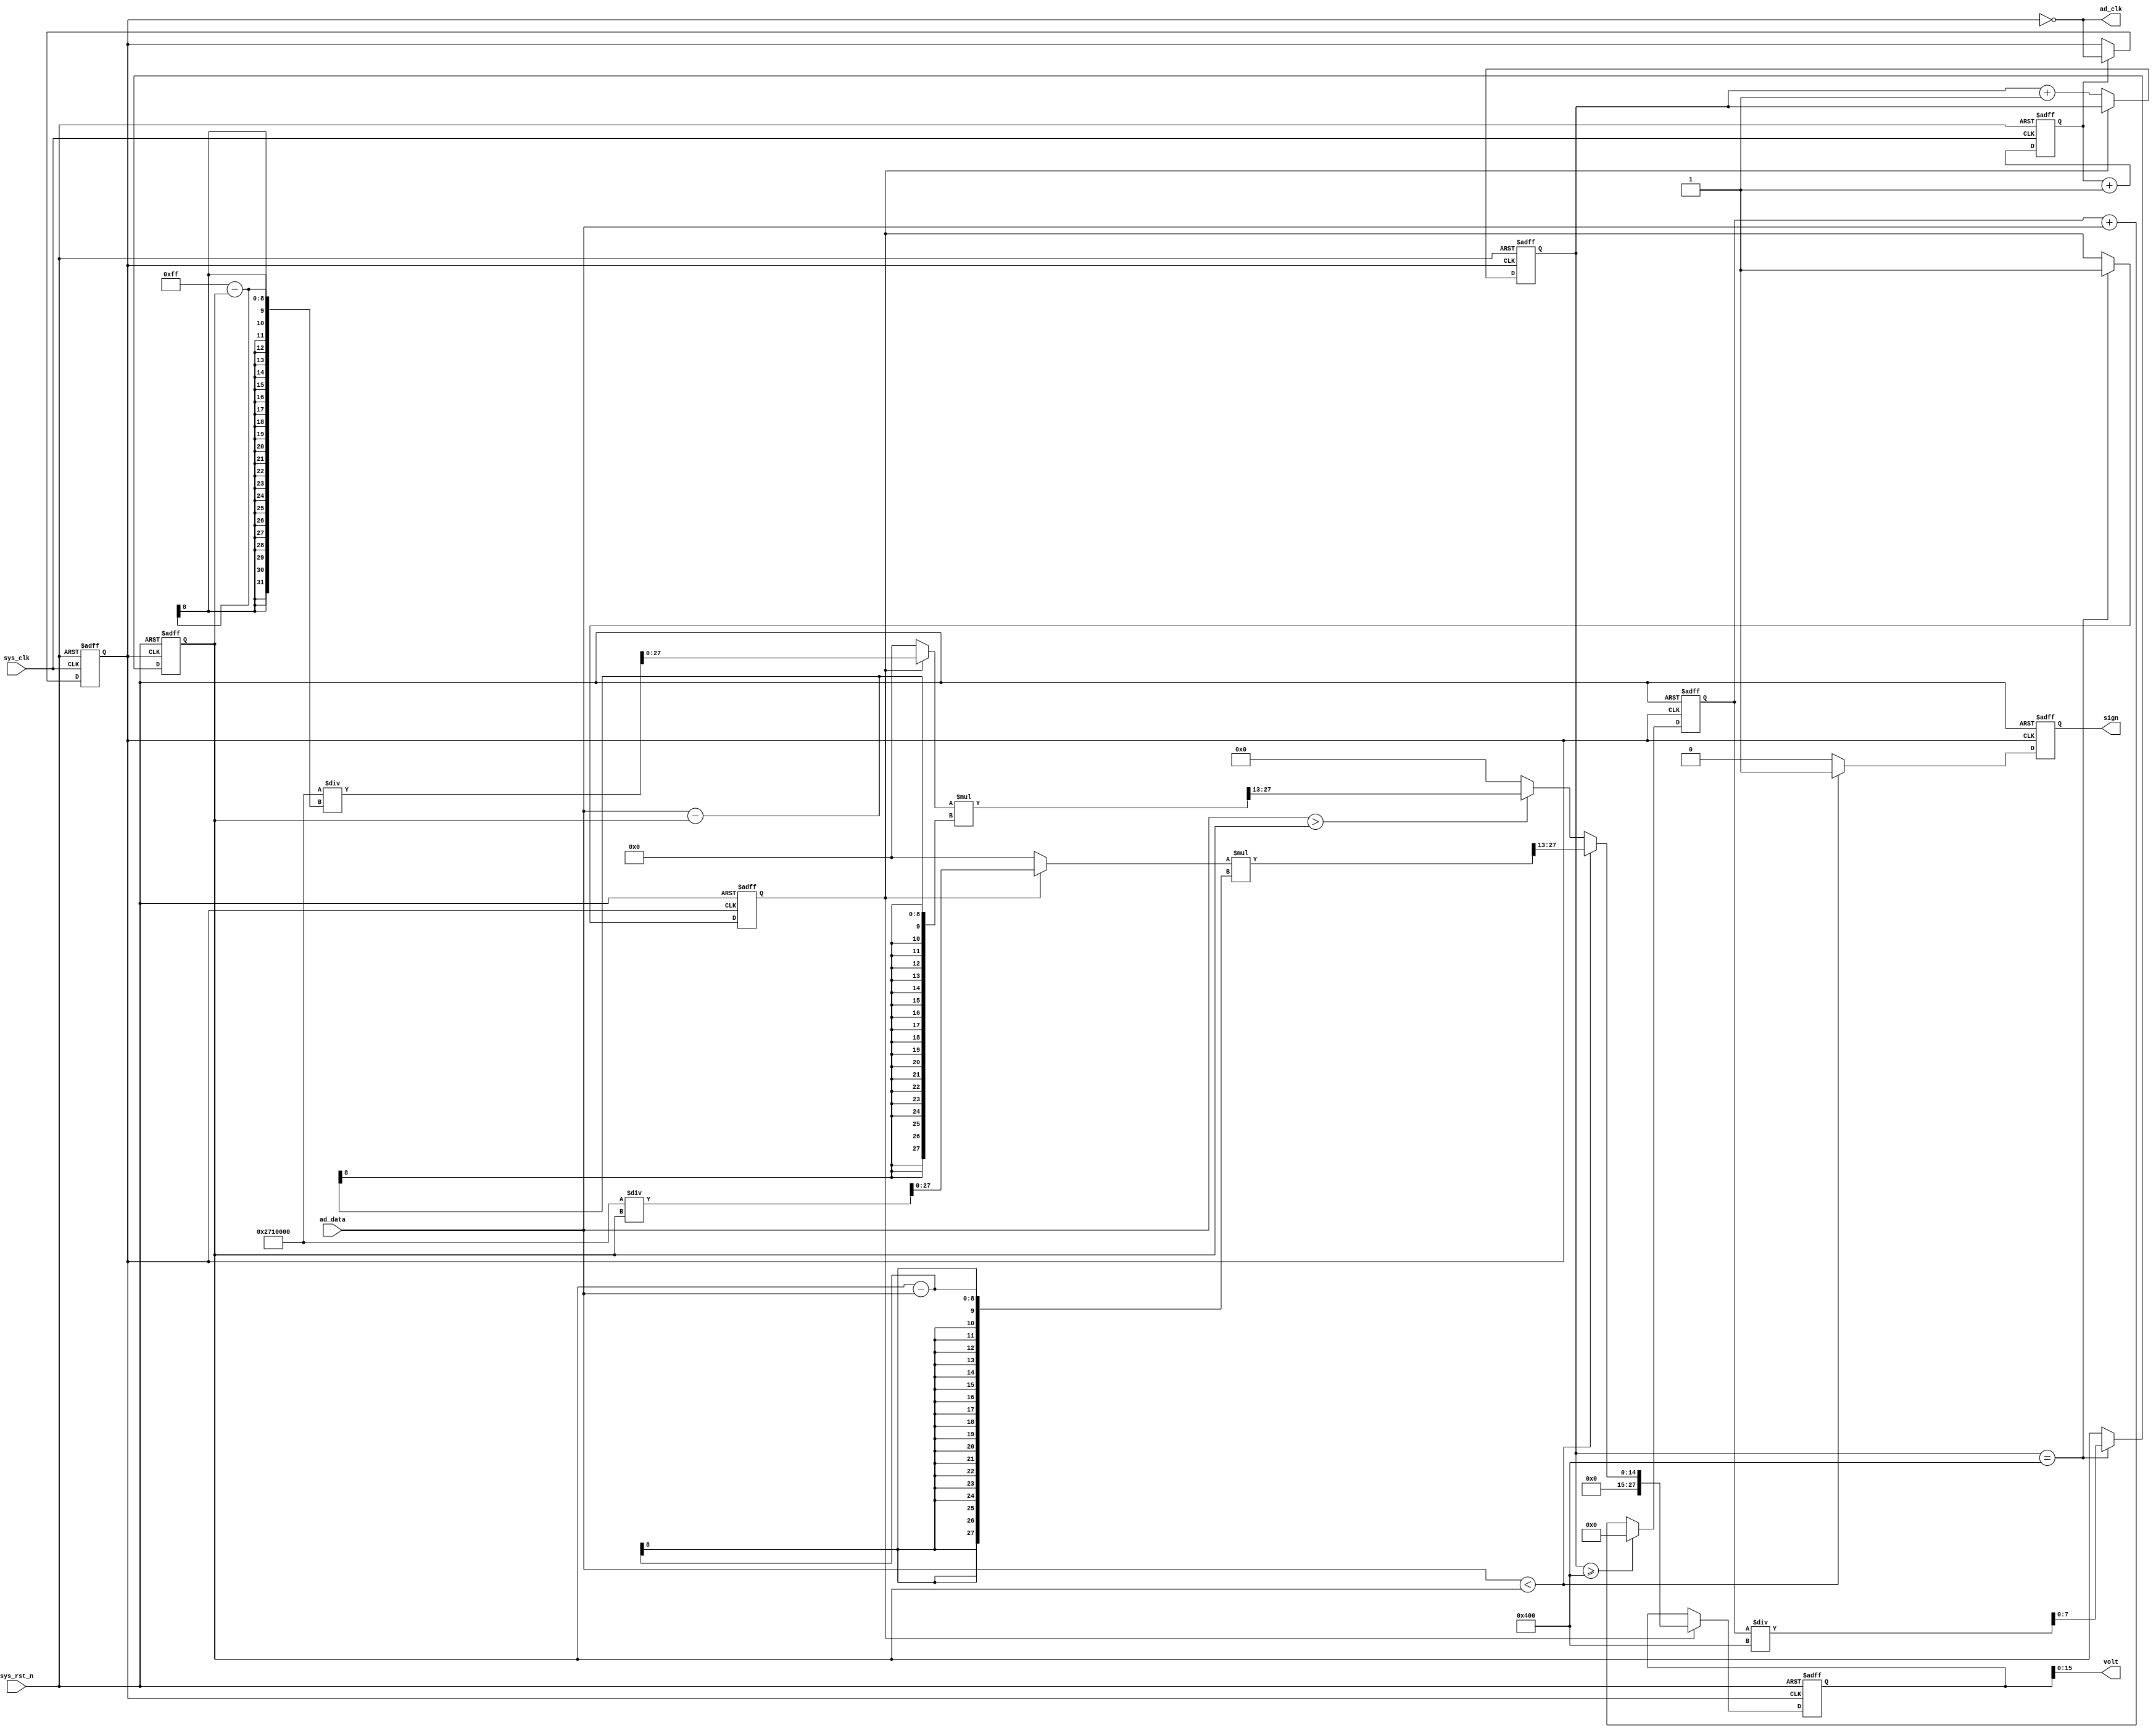
module  adc
(
    input   wire            sys_clk     ,
    input   wire            sys_rst_n   ,
    input   wire    [7:0]   ad_data     ,

    output  wire            ad_clk      ,
    output  wire    [15:0]  volt        ,
    output  reg             sign        
);

reg             cnt     ;
reg             clk_four;
reg     [10:0]  cnt_ad  ;
reg     [17:0]  data_sum;
reg             sum_en  ;
reg     [7:0]   data_median;

wire    [27:0]  data_p;
wire    [27:0]  data_n;
reg     [27:0]  volt_reg;

always@(posedge sys_clk or negedge sys_rst_n)
    if(sys_rst_n == 1'b0)
        cnt <= 1'b0;
    else
        cnt <= cnt + 1'b1;

always@(posedge sys_clk or negedge sys_rst_n)
    if(sys_rst_n == 1'b0)
        clk_four <= 1'b0;
    else if(cnt == 1'b1)
        clk_four <= ~clk_four;

always@(posedge clk_four or negedge sys_rst_n)
    if(sys_rst_n == 1'b0)
        cnt_ad <= 11'd0;
    else if(sum_en == 1'b0)
        cnt_ad <= cnt_ad + 1'b1;

always@(posedge clk_four or negedge sys_rst_n)
    if(sys_rst_n == 1'b0)
        sum_en <= 1'b0;
    else if(cnt_ad == 11'd1024)
        sum_en <= 1'b1;

always@(posedge clk_four or negedge sys_rst_n)
    if(sys_rst_n == 1'b0)
        data_sum <= 18'd0;
    else if(cnt_ad >= 11'd1024)
        data_sum <= 18'd0;
    else
        data_sum <= data_sum + ad_data;

always@(posedge clk_four or negedge sys_rst_n)
    if(sys_rst_n == 1'b0)
        data_median <= 8'd0;
    else if(cnt_ad == 11'd1024)
        data_median <= (data_sum / 1024);

assign data_p = (sum_en == 1'b1) ? (4096_0000 / (255 - data_median)) : 0;
assign data_n = (sum_en == 1'b1) ? (4096_0000 / data_median) : 0;

always@(posedge clk_four or negedge sys_rst_n)
    if(sys_rst_n == 1'b0)
        volt_reg <= 28'd0;
    else if(sum_en == 1'b1)
        if(ad_data < data_median)
            volt_reg <= (data_n * (data_median - ad_data)) >> 13;
        else if(ad_data > data_median)
            volt_reg <= (data_p * (ad_data - data_median)) >> 13;
    else
        volt_reg <= 28'd0;

always@(posedge clk_four or negedge sys_rst_n)
    if(sys_rst_n == 1'b0)
        sign <= 1'b0;
    else if (ad_data < data_median)
        sign <= 1'b1;
    else 
        sign <= 1'b0;

assign  ad_clk = ~clk_four;
assign  volt = volt_reg;


endmodule